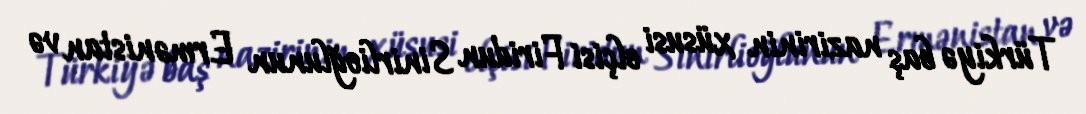
Türkiyə baş nazirinin xüsusi elçisi Firidun Sinirlioğlunun Ermənistan və